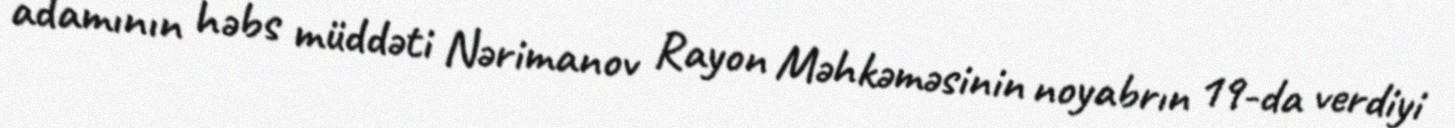
adamının həbs müddəti Nərimanov Rayon Məhkəməsinin noyabrın 19-da verdiyi